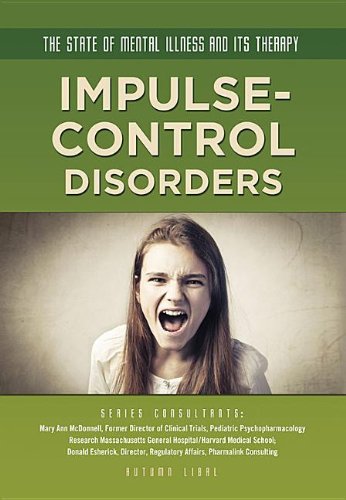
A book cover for Impulse-Control Disorders (State of Mental Illness and Its Therapy); Autumn Libal; Teen & Young Adult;